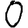
Digit: 0